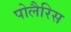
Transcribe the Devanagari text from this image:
पोलैरिस